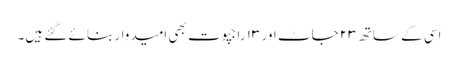
اسی کے ساتھ ۲۳ جاٹ اور ۱۳ راجپوت بھی امیدوار بنائے گئے ہیں۔